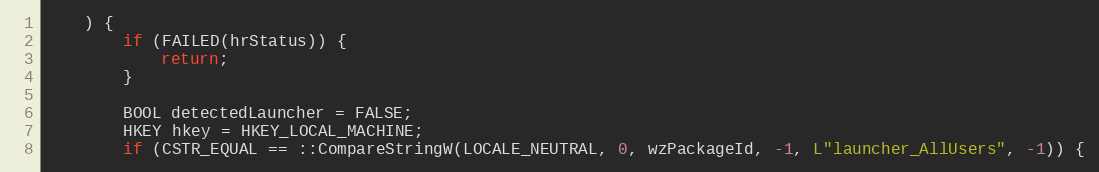
Language: C++
    ) {
        if (FAILED(hrStatus)) {
            return;
        }

        BOOL detectedLauncher = FALSE;
        HKEY hkey = HKEY_LOCAL_MACHINE;
        if (CSTR_EQUAL == ::CompareStringW(LOCALE_NEUTRAL, 0, wzPackageId, -1, L"launcher_AllUsers", -1)) {